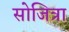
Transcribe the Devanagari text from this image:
सोजित्रा